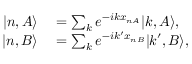
\begin{array} { r l } { | n , A \rangle } & { { } = \sum _ { k } e ^ { - i k x _ { n A } } | k , A \rangle , } \\ { | n , B \rangle } & { { } = \sum _ { k } e ^ { - i k ^ { \prime } x _ { n B } } | k ^ { \prime } , B \rangle , } \end{array}